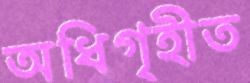
অধিগৃহীত